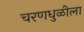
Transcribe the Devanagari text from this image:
चरणधुळीला